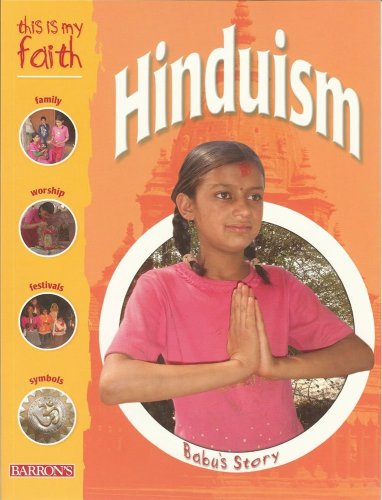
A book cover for This Is My Faith: Hinduism (This Is My Faith Books); Holly Wallace; Children's Books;